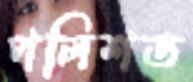
পলিশড